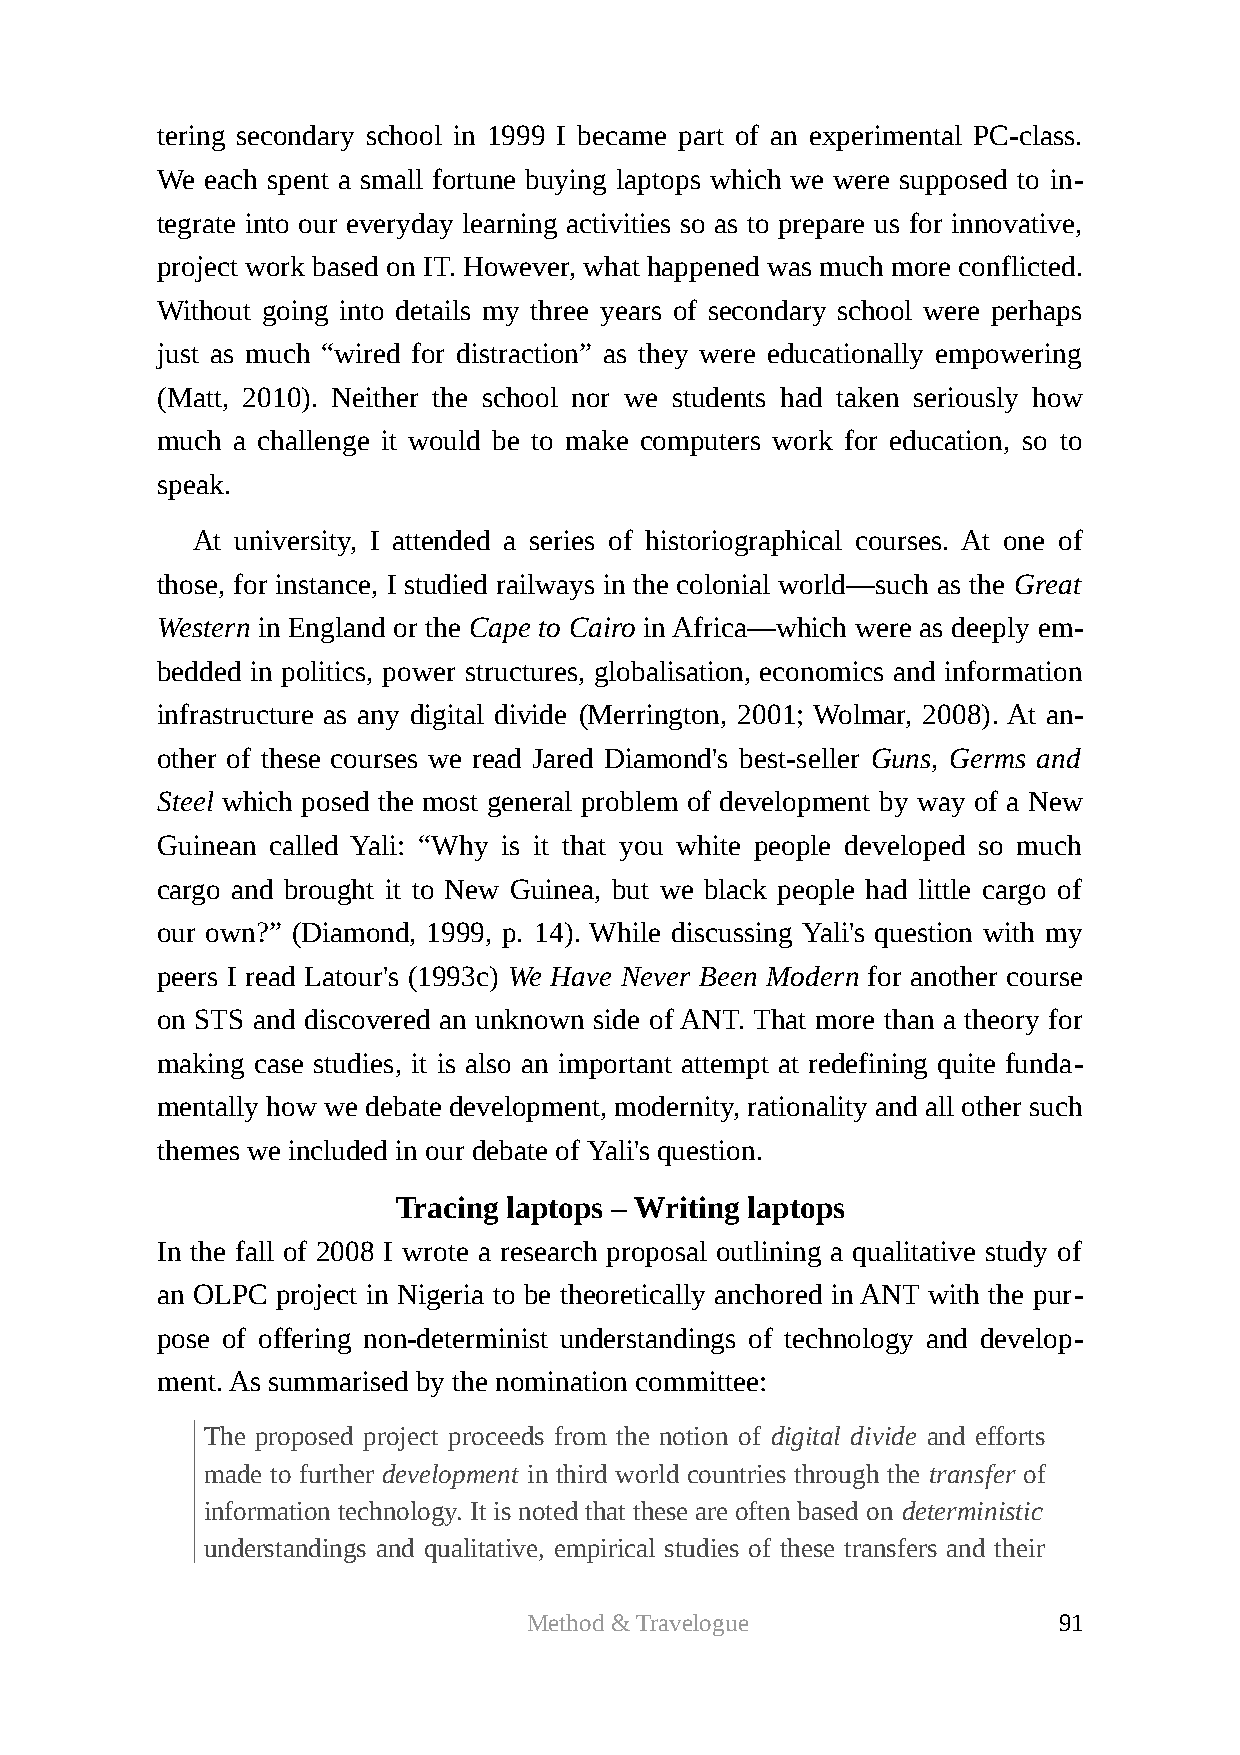
tering secondary school in 1999 I became part of an experimental PC-class.
 We  each spent a small fortune buying laptops which we were supposed to in-
 tegrate into our everyday learning activities so as to prepare us for innovative,
 project work based on IT. However, what happened was much more conflicted.
 Without going into details my three years of secondary school were perhaps
 just as much “wired for distraction” as they were educationally empowering
 (Matt, 2010). Neither the school nor we students had taken seriously how
 much a challenge it would be to make computers work for education, so to
 speak.
 At university, I attended a series of historiographical courses. At one of
 those, for instance, I studied railways in the colonial world—such as the Great
 Western in England or the Cape to Cairo in Africa—which were as deeply em-
 bedded in politics, power structures, globalisation, economics and information
 infrastructure as any digital divide (Merrington, 2001; Wolmar, 2008). At an-
 other of these courses we read Jared Diamond's best-seller Guns, Germs and
 Steel which posed the most general problem of development by way of a New
 Guinean called Yali: “Why is it that you white people developed so much
 cargo and brought it to New Guinea, but we black people had little cargo of
 our own?” (Diamond, 1999, p. 14). While discussing Yali's question with my
 peers I read Latour's (1993c) We Have Never Been Modern for another course
 on STS and discovered an unknown side of ANT. That more than a theory for
 making case studies, it is also an important attempt at redefining quite funda-
 mentally how we debate development, modernity, rationality and all other such
 themes we included in our debate of Yali's question.
 Tracing laptops – Writing laptops
 In the fall of 2008 I wrote a research proposal outlining a qualitative study of
 an OLPC project in Nigeria to be theoretically anchored in ANT with the pur-
 pose of offering non-determinist understandings of technology and develop-
 ment. As summarised by the nomination committee:
 The proposed project proceeds from the notion of digital divide and efforts
 made to further development in third world countries through the transfer of
 information technology. It is noted that these are often based on deterministic
 understandings and qualitative, empirical studies of these transfers and their
 Method & Travelogue                91